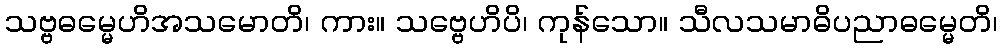
သဗ္ဗဓမ္မေဟိအသမောတိ၊ ကား။ သဗ္ဗေဟိပိ၊ ကုန်သော။ သီလသမာဓိပညာဓမ္မေတိ၊